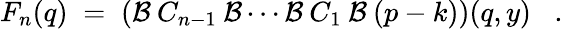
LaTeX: F_{n}(q)\; =\; \left({\cal{B}}\: C_{n-1}\: {\cal{B}}\cdots{\cal{B}}\: C_{1}\: {\cal{B}}\: (p-k)\right)(q,y)\; \; \; .